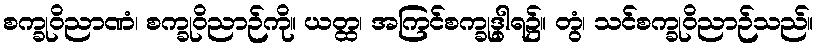
စက္ခုဝိညာဏံ၊ စက္ခုဝိညာဉ်ကို။ ယတ္ထ၊ အကြင်စက္ခုဒွါရ၌။ တွံ၊ သင်စက္ခုဝိညာဉ်သည်။